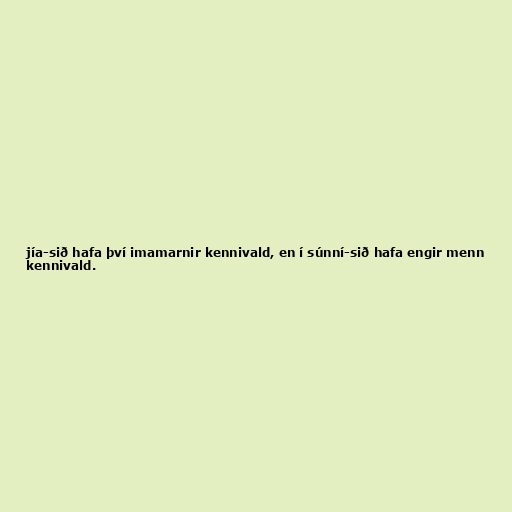
jía-sið hafa því imamarnir kennivald, en í súnní-sið hafa engir menn
kennivald.